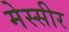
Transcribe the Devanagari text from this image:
मेस्सीर